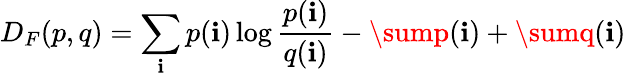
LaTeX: D_{F}(p,q)=\sum_{\mathbf{i}}p(\mathbf{i})\log{\frac{{p(\mathbf{i})}}{{q(\mathbf{i})}}}-\sump(\mathbf{i})+\sumq(\mathbf{i})